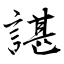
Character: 諶